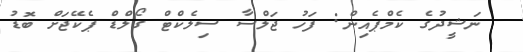
ނަޝީދުގެ ކެމްޕެއިން: ފަހު ޖަލްސާ ސިލެކްޓް ގޯލްޑް ޕެކޭޖަށް ބޮޑު